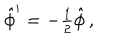
LaTeX: \hat { \phi } ^ { \prime } = - { \textstyle \frac { 1 } { 2 } } \hat { \phi } \, ,